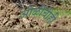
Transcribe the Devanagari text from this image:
ओळींचीही